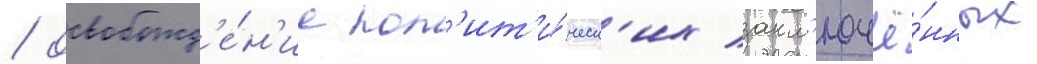
/ освобожд'е́н'ие пол'ит'и́ческ'их закл'ючё́нных